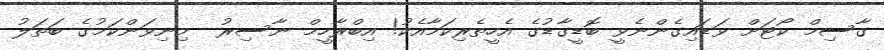
ގާސިމް ކޯޓަށް ވަޑައިގެންނެވީ ބޮޑީގާޑުގެ އެހީތެރިކަމާއެކު! އިބްރާހީމް ނާސިރު  މިނިވަންކަމުގެ ބަތަލު